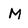
Character: M